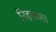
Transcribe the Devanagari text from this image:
निहकामा